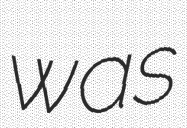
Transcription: was